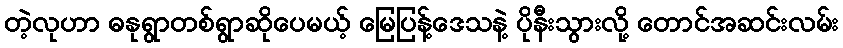
တဲ့လုဟာ ဓနုရွာတစ်ရွာဆိုပေမယ့် မြေပြန့်ဒေသနဲ့ ပိုနီးသွားလို့ တောင်အဆင်းလမ်း